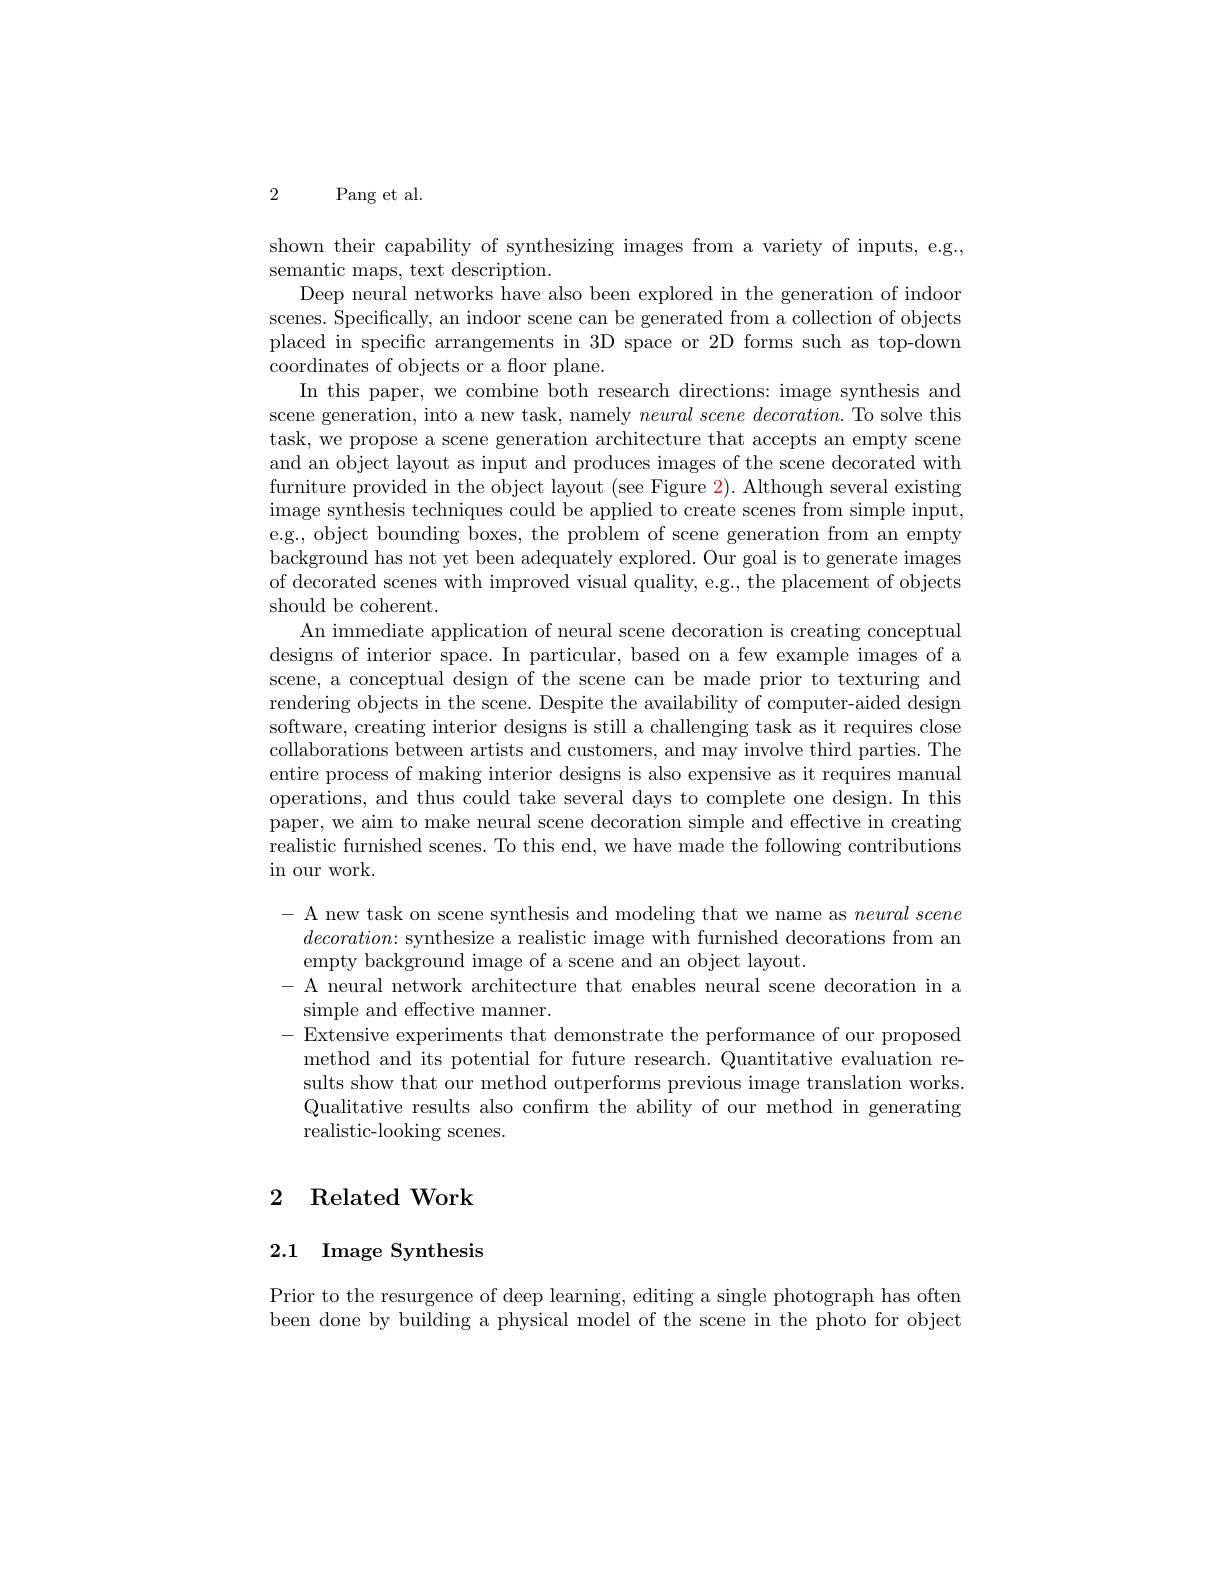
2 Pang et al.

shown their capability of synthesizing images from a variety of inputs, e.g.,
semantic maps, text description.
Deep neural networks have also been explored in the generation of indoor scenes. Specifically, an indoor scene can be generated from a collection of objects placed in specific arrangements in 3D space or 2D forms such as top-down coordinates of objects or a floor plane.
In this paper, we combine both research directions: image synthesis and scene generation, into a new task, namely $neural\textit{ scene decoration. To solve this}$ task, we propose a scene generation architecture that accepts an empty scene and an object layout as input and produces images of the scene decorated with furniture provided in the object layout (see Figure 2). Although several existing image synthesis techniques could be applied to create scenes from simple input, e.g., object bounding boxes, the problem of scene generation from an empty background has not yet been adequately explored. Our goal is to generate images of decorated scenes with improved visual quality, e.g., the placement of objects should be coherent.
An immediate application of neural scene decoration is creating conceptual designs of interior space. In particular, based on a few example images of a scene, a conceptual design of the scene can be made prior to texturing and rendering objects in the scene. Despite the availability of computer-aided design software, creating interior designs is still a challenging task as it requires close collaborations between artists and customers, and may involve third parties. The entire process of making interior designs is also expensive as it requires manual operations, and thus could take several days to complete one design. In this paper, we aim to make neural scene decoration simple and effective in creating realistic furnished scenes. To this end, we have made the following contributions in our work.

- A new task on scene synthesis and modeling that we name as $neural\textit{ scene}$ $decoration{:\text{ synthesize a realistic image with furnished decorations from an}}$ empty background image of a scene and an object layout.
- A neural network architecture that enables neural scene decoration in a
simple and effective manner.
-Extensive experiments that demonstrate the performance of our proposed
method and its potential for future research. Quantitative evaluation results show that our method outperforms previous image translation works. Qualitative results also confirm the ability of our method in generating realistic-looking scenes.

## $^{1}$Hong Kong University of Science and TechnologyVinAI Research, Vietnam2 Related Work

2.1 Image Synthesis

Prior to the resurgence of deep learning, editing a single photograph has often been done by building a physical model of the scene in the photo for object